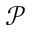
\mathcal { P }